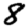
Digit: 8